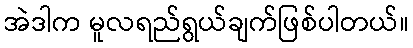
အဲဒါက မူလရည်ရွယ်ချက်ဖြစ်ပါတယ်။